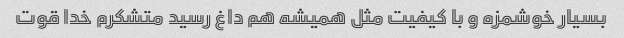
بسیار خوشمزه و با کیفیت مثل همیشه هم داغ رسید متشکرم خدا قوت